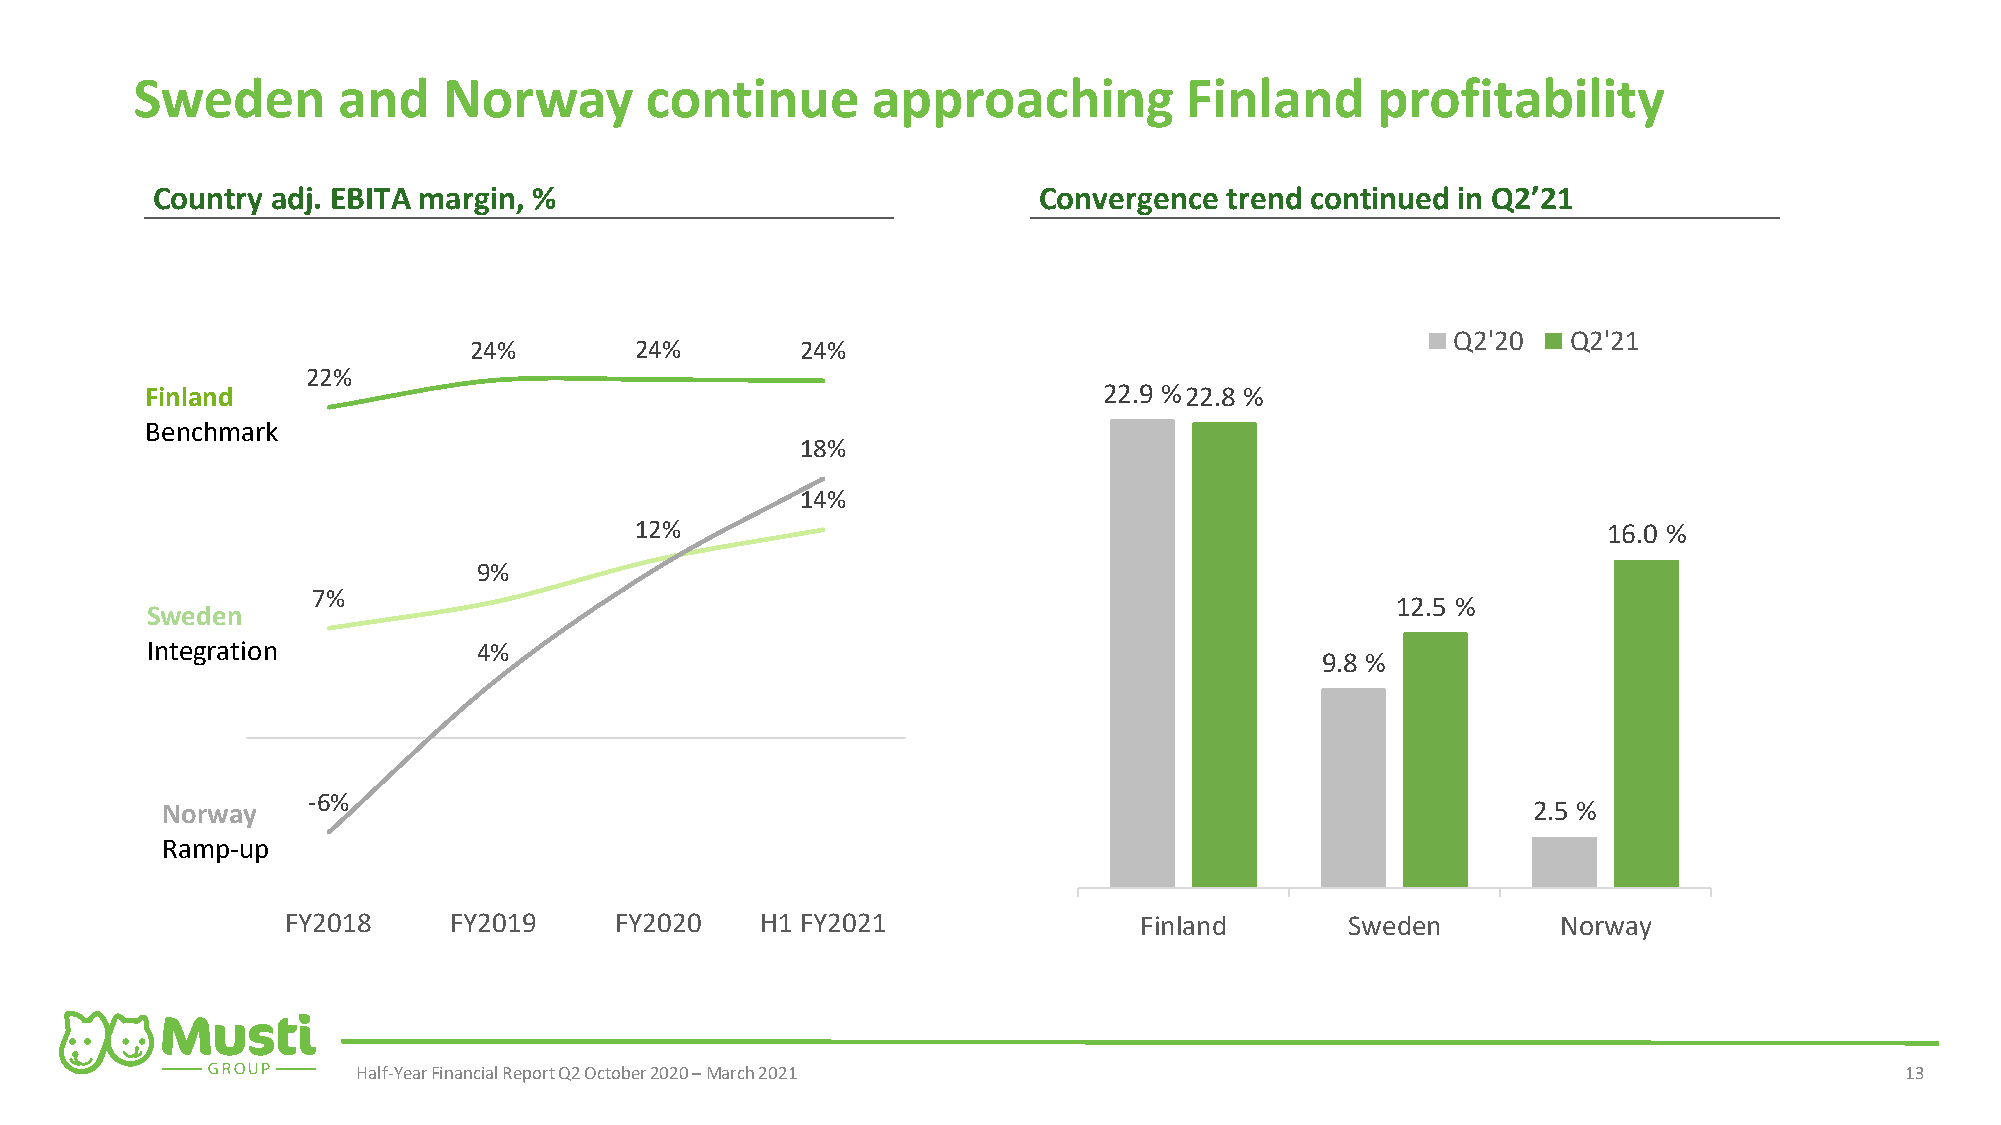
Sweden       and    Norway        continue       approaching         Finland      profitability
 Country adj. EBITA margin, %                               Convergence trend continued in Q2’21
 Q2'20   Q2'21
 24%        24%        24%
 22%
 Finland                                                        22.9 %22.8 %
 Benchmark
 18%
 14%
 12%                                                             16.0 %
 9%
 7%
 12.5 %
 Sweden
 Integration           4%
 9.8 %
 -6%
 Norway                                                                                    2.5 %
 Ramp-up
 FY2018     FY2019     FY2020   H1 FY2021                Finland       Sweden        Norway
 Half-Year Financial Report Q2 October 2020 –March 2021                                                13